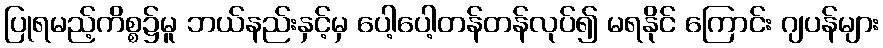
ပြုရမည့်ကိစ္စ၌မူ ဘယ်နည်းနှင့်မှ ပေါ့ပေါ့တန်တန်လုပ်၍ မရနိုင် ကြောင်း ဂျပန်များ